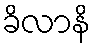
ခိလာနိ